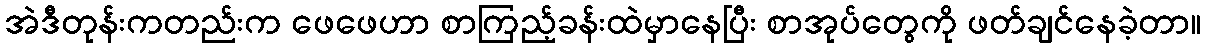
အဲဒီတုန်းကတည်းက ဖေဖေဟာ စာကြည့်ခန်းထဲမှာနေပြီး စာအုပ်တွေကို ဖတ်ချင်နေခဲ့တာ။